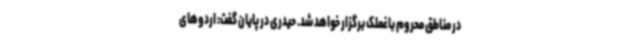
در مناطق محروم باغملک برگزار خواهد شد. حیدری در پایان گفت: اردوهای